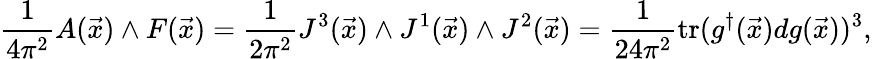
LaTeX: \frac{1}{4\pi^{2}}A(\vec{x})\wedge F(\vec{x})=\frac{1}{2\pi^{2}}J^{3}(\vec{x})\wedge J^{1}(\vec{x})\wedge J^{2}(\vec{x})=\frac{1}{24\pi^{2}}\mathrm{tr}(g^{\dagger}(\vec{x})dg(\vec{x}))^{3},